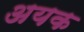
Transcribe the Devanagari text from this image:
अयक